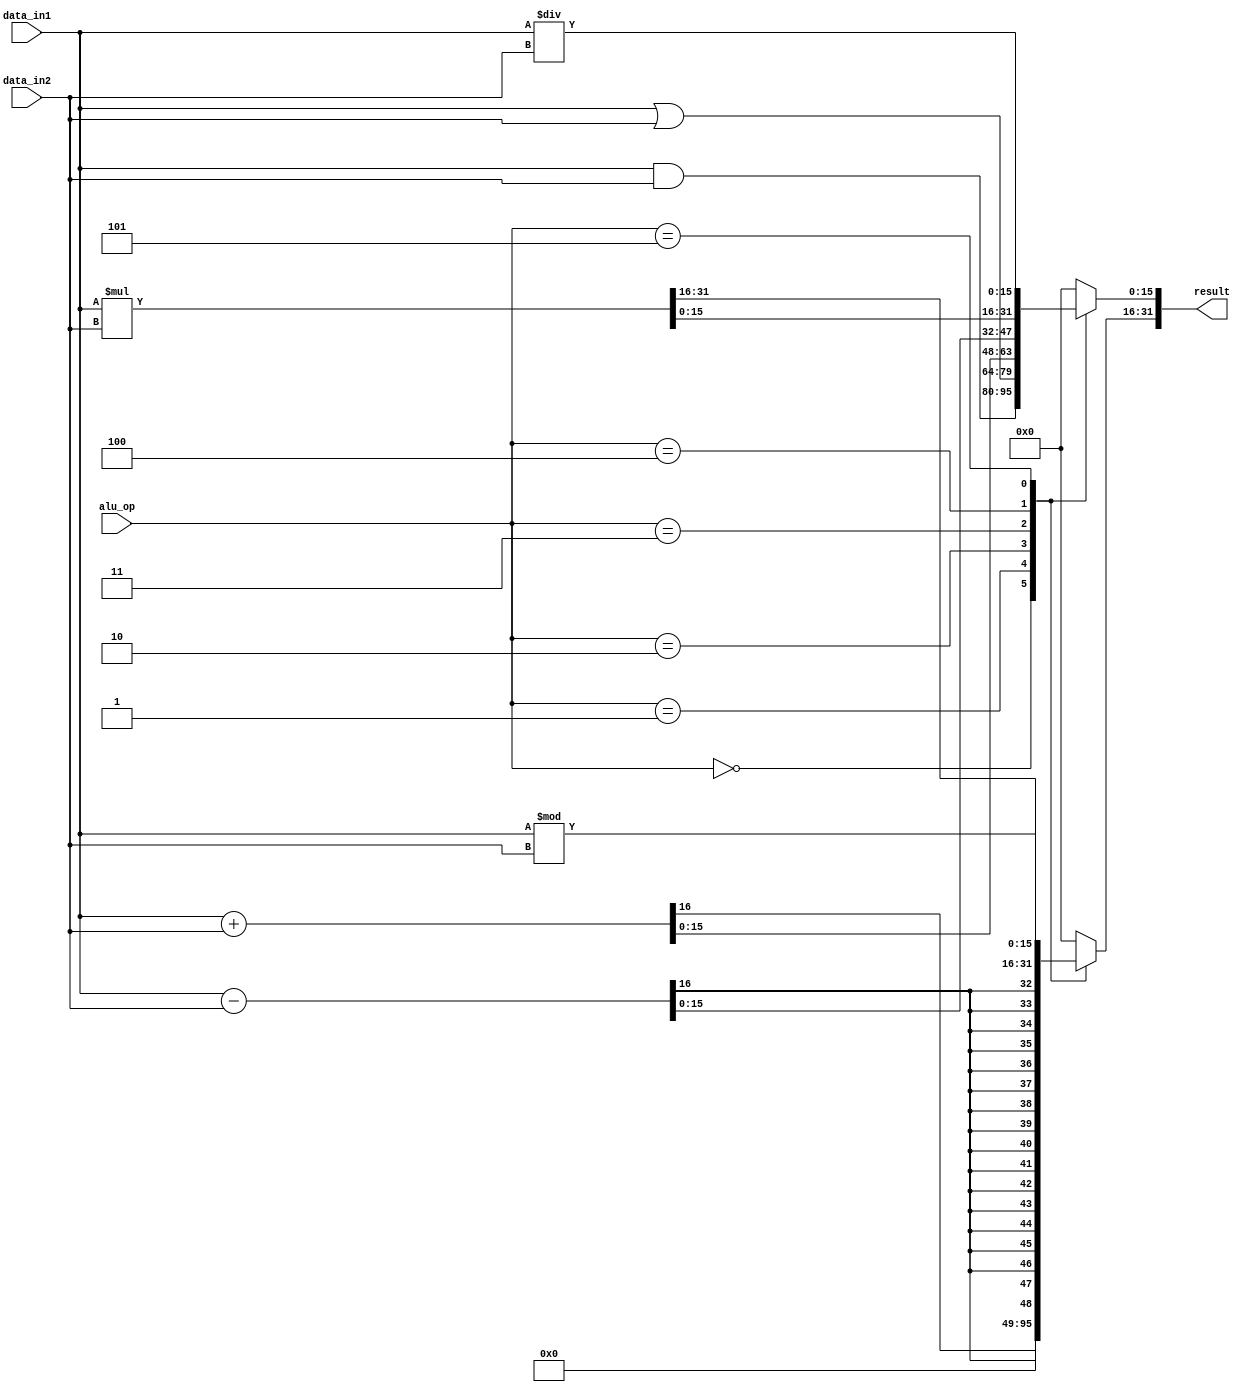
module alu(input[15:0] data_in1, data_in2,input[2:0] alu_op, output reg signed [31:0] result);
always@(*)
begin
case(alu_op)
	3'b000:	result = data_in1 & data_in2;
	3'b001: result = data_in1 | data_in2;
	3'b010: result = data_in1 + data_in2;
	3'b011: result = data_in1 - data_in2;
	3'b100: result = data_in1 * data_in2;
	3'b101: begin
		result[15:0] = data_in1 / data_in2;
		result[31:16] = data_in1 % data_in2;
		end
	default: result = 0;
endcase
end
endmodule